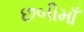
છબીમાઁ